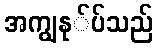
အကျွနု်ပ်သည်